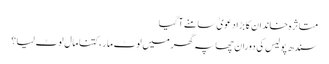
متاثرہ خاندان کا بڑا دعویٰ سامنے آگیا
سندھ پولیس کی دوران چھاپہ گھر میں لوٹ مار، کتنا مال لوٹ لیا؟